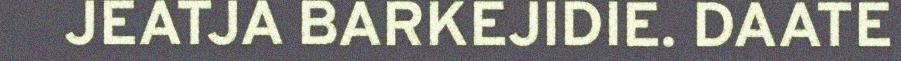
JEATJA BARKEJIDIE. DAATE